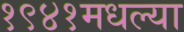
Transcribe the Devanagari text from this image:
१९४१मधल्या